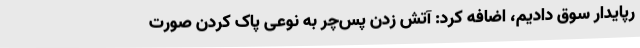
رپایدار سوق دادیم، اضافه کرد: آتش زدن پس‌چر به نوعی پاک کردن صورت